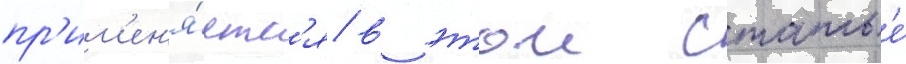
пр'им'ен'я́етс'я в этои статье́